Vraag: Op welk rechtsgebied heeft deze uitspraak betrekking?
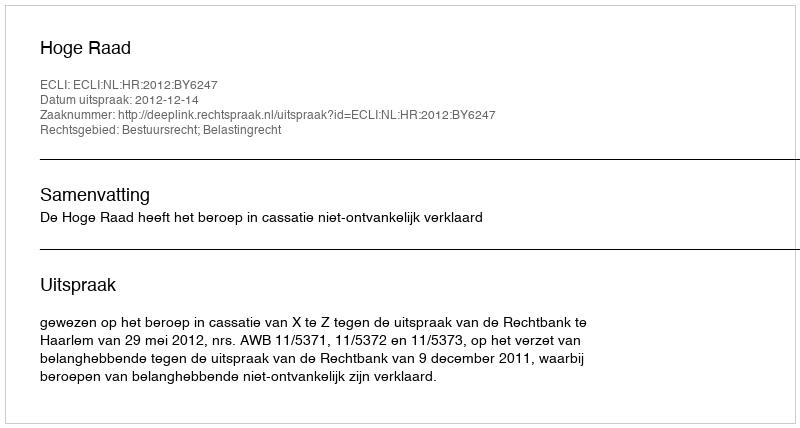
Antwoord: Bestuursrecht; Belastingrecht